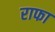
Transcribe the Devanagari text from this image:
राफा